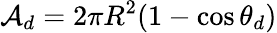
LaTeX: \mathcal{A}_{d}=2\pi R^{2}(1-\cos\theta_{d})